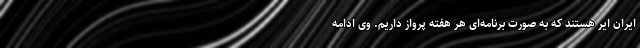
ایران ایر هستند که به صورت برنامه‌ای هر هفته پرواز داریم. وی ادامه